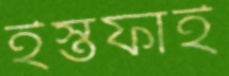
ইস্তফাই